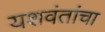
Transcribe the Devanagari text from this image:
यशवंतांचा